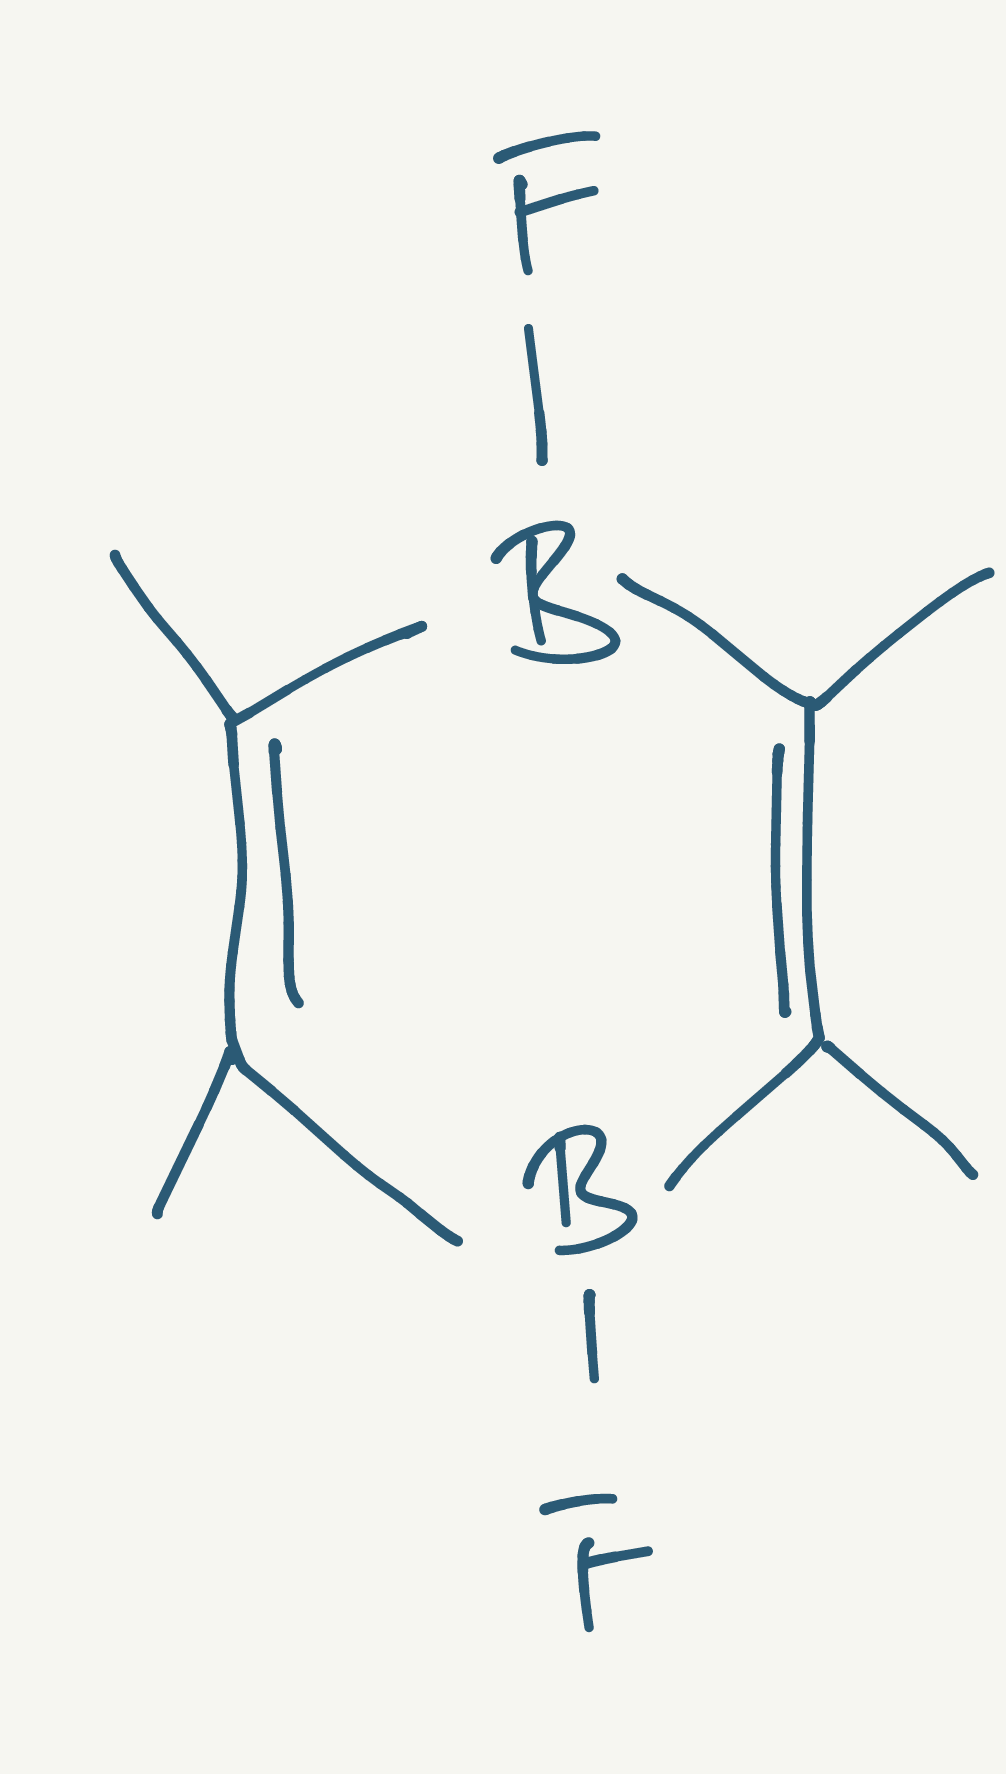
Simplified molecular-input line-entry system (SMILES) notation of the given molecule:
B1(C(=C(B(C(=C1C)C)F)C)C)F